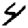
Digit: 4